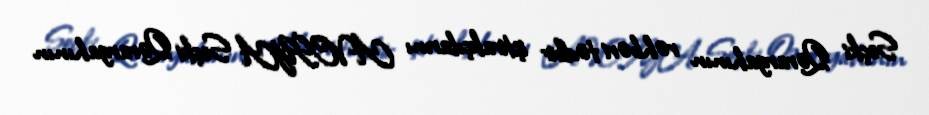
Seçki Qərargahının rəhbəri tədbir iştirakçılarını AVCİYA Seçki Qərargahının